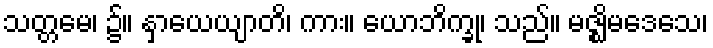
သတ္တမေ၊ ၌။ နှာယေယျာတိ၊ ကား။ ယောဘိက္ခု၊ သည်။ မဇ္ဈိမဒေသေ၊